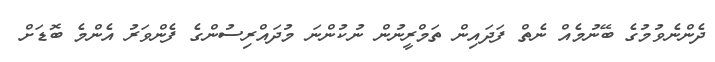
ދެންނެވުމުގެ ބޭނުމެއް ނެތް ފަދައިން ތަމްރީނުން ނުކުންނަ މުދައްރިސުންގެ ފެންވަރު އެންމެ ބޮޑަށް